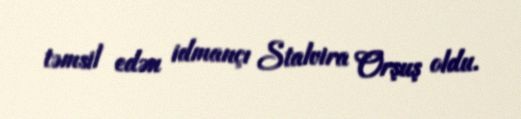
təmsil edən idmançı Stalvira Orşuş oldu.